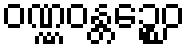
ဝဏ္ဏဝန္တဉ္စေဝ